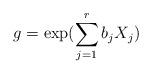
LaTeX: \begin{align*} g = \exp( \sum_{j=1}^r b_j X_j )\end{align*}